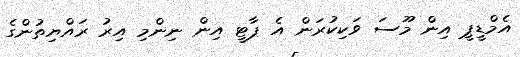
އެމްޑީޕީ އިން މޫސަ ވަކިކުރަން އެ ޕާޓީ އިން ނިންމި އިރު ރައްޔިތުންގެ